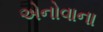
એનોવાના